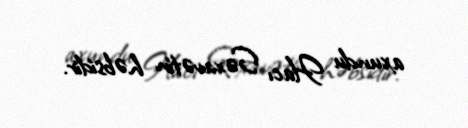
axundu Hacı Səxavətin həbsidir.